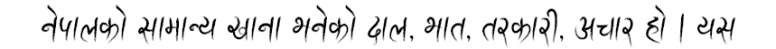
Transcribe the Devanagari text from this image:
नेपालको सामान्य खाना भनेको दाल, भात, तरकारी, अचार हो । यस